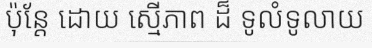
ប៉ុន្តែ ដោយ ស្មើភាព ដ៏ ទូលំទូលាយ